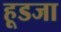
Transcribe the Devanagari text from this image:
हूडजा